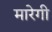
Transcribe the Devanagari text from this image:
मारेगी